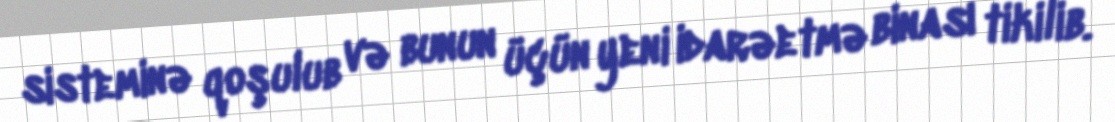
sisteminə qoşulub və bunun üçün yeni idarəetmə binası tikilib.